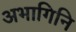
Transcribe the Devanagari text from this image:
अभागिनि